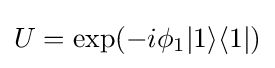
U=\exp(-i\phi _{1}|1\rangle \langle 1|)